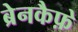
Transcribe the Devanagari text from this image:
ब्रेनकैफ़े